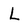
Character: L